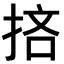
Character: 𢭹